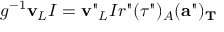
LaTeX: g ^ { - 1 } { \bf v } _ { L } I = { \bf v } " _ { L } I r " ( \tau " ) _ { A } ( { \bf a } " ) _ { \bf T }